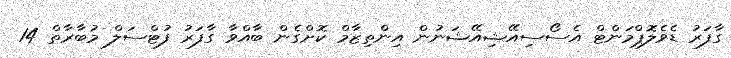
ގާފަރު ޑެވެލޮޕްމަންޓް އެސޯސިއޭޝިއޭޝަނުން އިންތިޒާމް ކޮށްގެން ބާއްވާ ގާފަރު ފުޓްސަލް މުބާރާތް 14